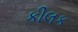
કીલક